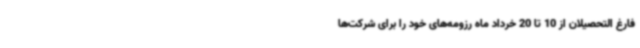
فارغ التحصیلان از 10 تا 20 خرداد ماه رزومه‌های خود را برای شرکت‌ها